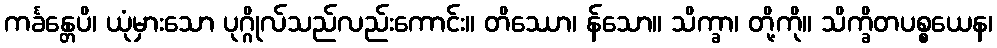
ကင်္ခန္တေပိ၊ ယုံမှားသော ပုဂ္ဂိုလ်သည်လည်းကောင်း။ တိဿော၊ န်သော။ သိက္ခာ၊ တို့ကို။ သိက္ခိတပစ္စယေန၊